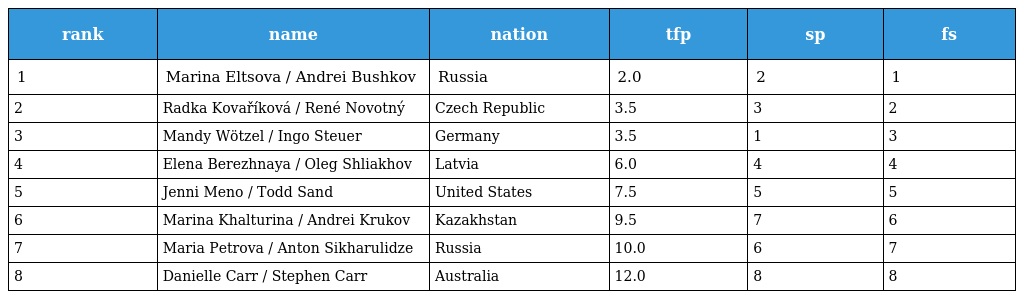
| rank | name | nation | tfp | sp | fs |
 | --- | --- | --- | --- | --- | --- |
 | 1 | Marina Eltsova / Andrei Bushkov | Russia | 2.0 | 2 | 1 |
 | 2 | Radka Kovaříková / René Novotný | Czech Republic | 3.5 | 3 | 2 |
 | 3 | Mandy Wötzel / Ingo Steuer | Germany | 3.5 | 1 | 3 |
 | 4 | Elena Berezhnaya / Oleg Shliakhov | Latvia | 6.0 | 4 | 4 |
 | 5 | Jenni Meno / Todd Sand | United States | 7.5 | 5 | 5 |
 | 6 | Marina Khalturina / Andrei Krukov | Kazakhstan | 9.5 | 7 | 6 |
 | 7 | Maria Petrova / Anton Sikharulidze | Russia | 10.0 | 6 | 7 |
 | 8 | Danielle Carr / Stephen Carr | Australia | 12.0 | 8 | 8 |